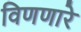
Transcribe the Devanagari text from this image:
विणणारे